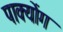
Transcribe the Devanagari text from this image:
पाक्योंग